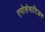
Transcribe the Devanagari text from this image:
एपोसेमाटिज़म